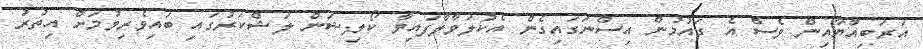
އަރަބިއްޔާއިން ވެސް އެ ގައުމުން އިސްނަގައިގެން އެކުލަވާލާފައިވާ ކޯލިޝަން ލަޝްކަރުގައި ބައިވެރިވުމަށް އިތުރު